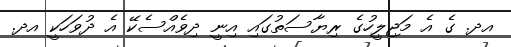
އދ. ގެ އެ މަޖިލީހުގެ ރިޔާސަތުގައި އިނީ ދިވެއްސެކޭ އެ ދުވަހަކީ އދ.